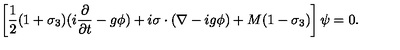
\left[ { \frac { 1 } { 2 } } ( 1 + \sigma _ { 3 } ) ( i { \frac { \partial } { \partial t } } - g \phi ) + i \mathrm { \boldmath \sigma } \cdot ( \mathrm { \boldmath \nabla } - i g \mathrm { \boldmath \phi } ) + M ( 1 - \sigma _ { 3 } ) \right] \psi = 0 .